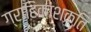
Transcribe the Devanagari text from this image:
ग्राहिकाशक्ति